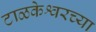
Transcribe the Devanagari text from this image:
टाळकेश्वरच्या